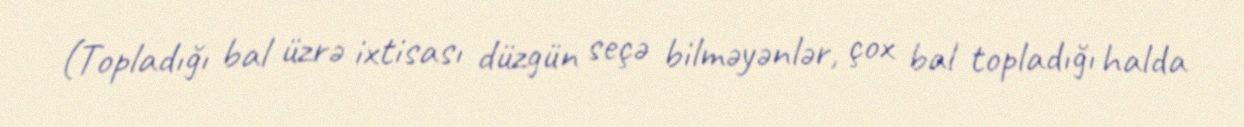
(Topladığı bal üzrə ixtisası düzgün seçə bilməyənlər, çox bal topladığı halda